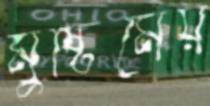
মুষ্টিমেয়